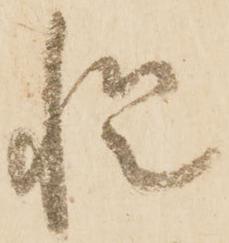
慥